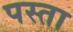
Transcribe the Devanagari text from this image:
पस्ता